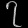
Digit: ၇